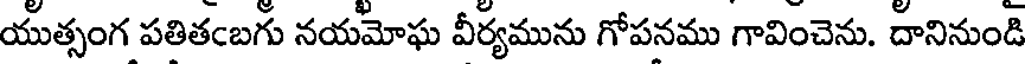
యుత్సంగ పతితఁబగు నయమోఘ వీర్యమును గోపనము గావించెను. దానినుండి